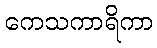
ကေသကာရိကာ